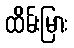
ထိမ်းမြား